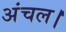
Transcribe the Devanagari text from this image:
अंचल।